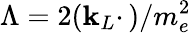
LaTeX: \Lambda=2(\mathbf{k}_{L}\cdotp)/m_{e}^{2}